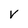
Character: v